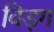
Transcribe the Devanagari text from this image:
विड़ग